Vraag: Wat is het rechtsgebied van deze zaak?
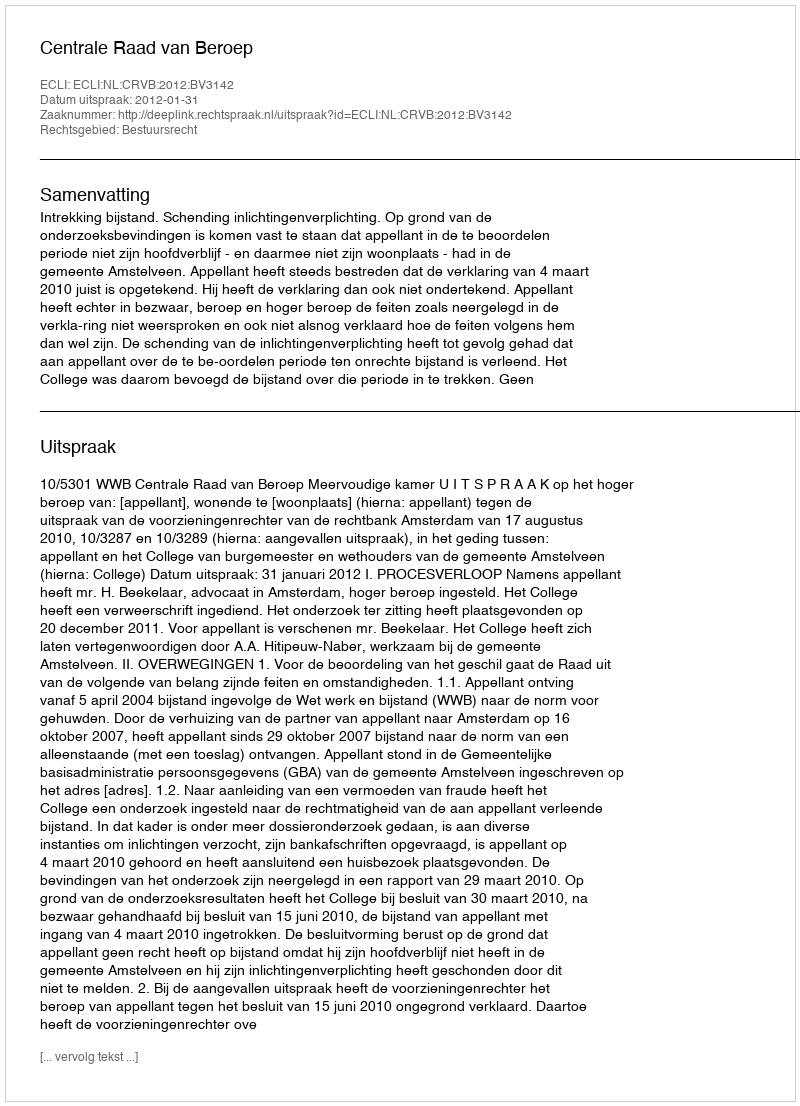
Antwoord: Bestuursrecht